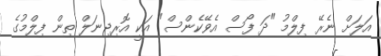
އަލަށް ނެރޭ ފިލްމު "ދަ ފޯސް އެވޭކެންސް" އަކީ އޮރިޖިނަލް ތިން ފިލްމުގެ